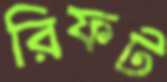
রিফট